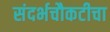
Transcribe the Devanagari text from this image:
संदर्भचौकटीचा